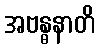
အဗန္ဓနာတိ